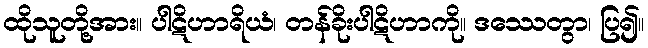
ထိုသူတို့အား။ ပါဋိဟာရိယံ၊ တန်ခိုးပါဋိဟာကို။ ဒဿေတွာ၊ ပြ၍။